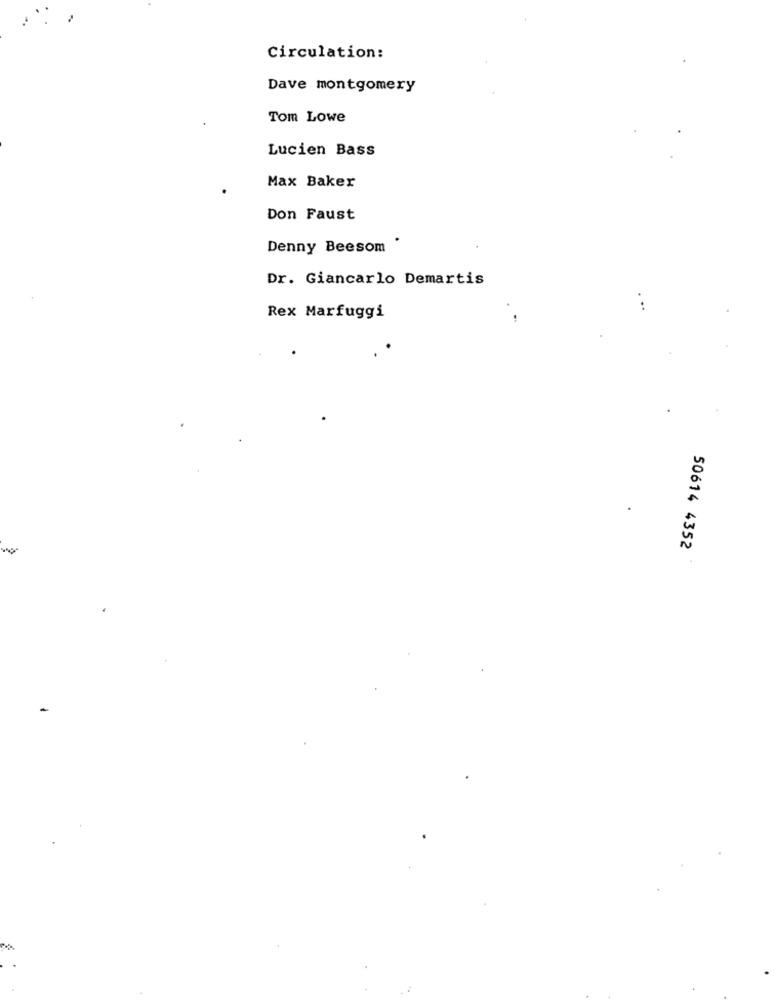
Circulation:
Dave montgomery
Tom Lowe
Lucien Bass
Max Baker
Don Faust
Denny Beesom
Dr. Giancarlo Demartis
Rex Marfuggi
50614 4352